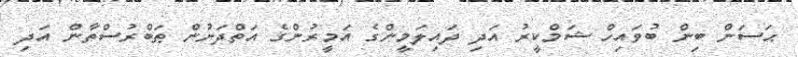
ޙަސަން ބިން ބުވައިހް ޝަމްކީރު އަދި ދައިލަމީންގެ އަމީރުންގެ އަތްދަށުން ޠަބްރުސްތާން އަދި